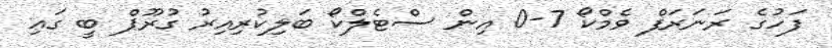
ފަހުގެ ރަނަރަފް ވެމްކޯ 7-0 އިން ސްޓެލްކޯ ބަލިކުރިއިރު ގުރޫޕް ބީ ގައި